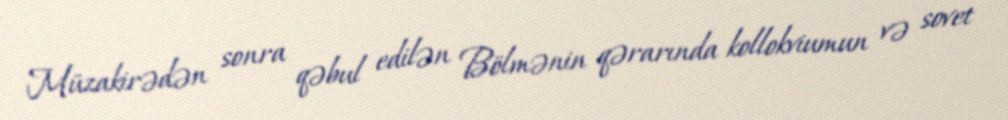
Müzakirədən sonra qəbul edilən Bölmənin qərarında kollokviumun və sovet